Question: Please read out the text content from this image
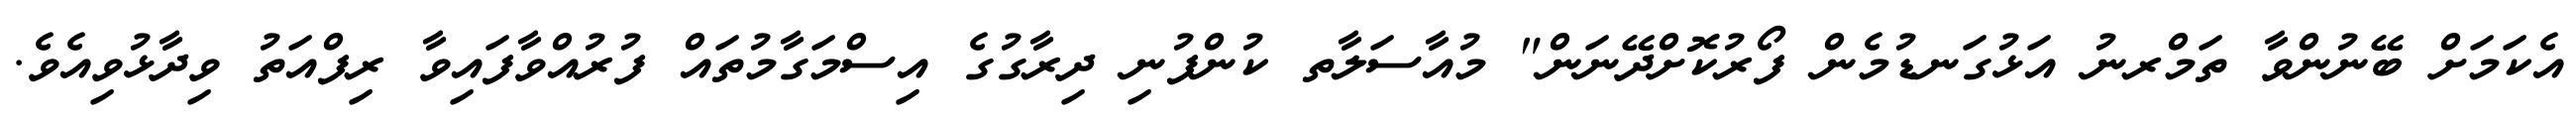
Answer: އެކަމަށް ބޭނުންވާ ތަމްރނު އަޅުގަނޑުމެން ފޯރުކޮށްދޭނަން" މުއާސަލާތ ކުންފުނި ދިރާގުގެ އިސްމަގާމުތައް ފުރުއްވާފައިވާ ރިފްއަތު ވިދާޅުވިއެވެ.